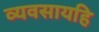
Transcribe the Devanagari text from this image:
व्यवसायहि